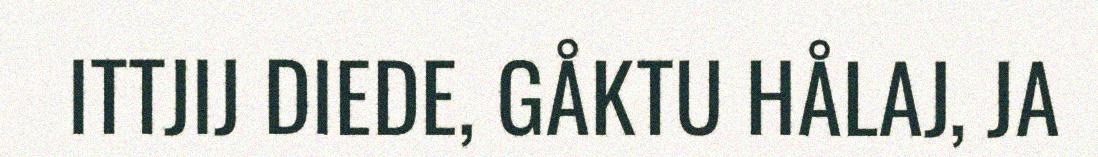
ITTJIJ DIEDE, GÅKTU HÅLAJ, JA